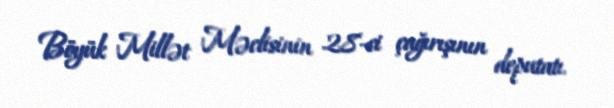
Böyük Millət Məclisinin 28-ci çağırışının deputatı.